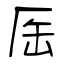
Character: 厒